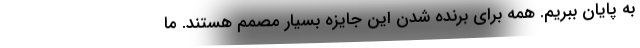
به پایان ببریم. همه برای برنده شدن این جایزه بسیار مصمم هستند. ما